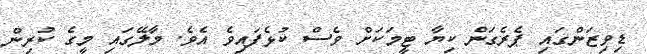
ޑިވިޒަންގައި ޕެރެގަން ކިޔާ ޓީމަކަށް ވެސް ކުޅެފައިވެ އެވެ. މާލޭގައި މީގެ ކުރިން